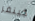
جينفر